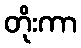
တိုးကာ